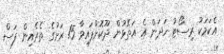
އެކަމަކު ރިސޯޓު ހަދަން އެ އަތޮޅުން ދޫކޮށްފައިވާ 15 ރަށުގެ ތެރެއިން ފަސް